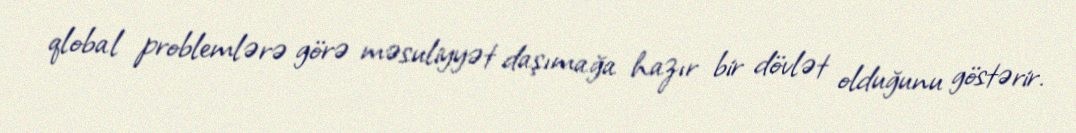
qlobal problemlərə görə məsuliyyət daşımağa hazır bir dövlət olduğunu göstərir.